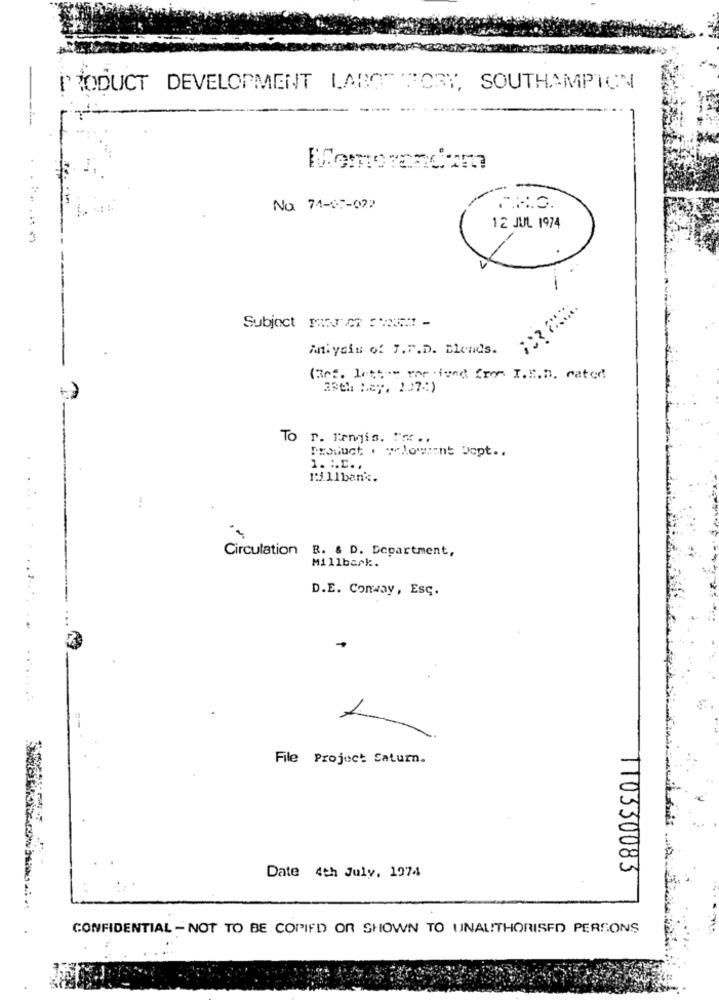
L'HODUCT DEVELOPMENT LABOR FORY, SOUTHAMPION
No 74-67-027
12 JUL 1974
Subject ====-
Aniysin of J.F.D. Blends.
(Ref. lett = ror .iund from I.E.D. rated
To r. Kengis. " .. ..
Product . melomint Dopt ..
1. :. C ..
12.11bank.
Circulation R. & D. Department,
Millbark.
D.E. Conway, Esc.
File Project Saturn.
110330083
Date 4th July, 1974
CONFIDENTIAL - NOT TO BE COPIED OR SHOWN TO UNALITHORISED PERSONS